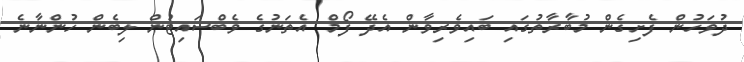
ދުވަހުން ފެށިގެން މުބާރާތުގައި ބައިވެރިވާން އެދޭ ފޯމް އެތަނުގެ ވެބްސައިޓުން ލިބެން ހުންނާނެ